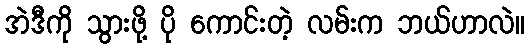
အဲဒီကို သွားဖို့ ပို ကောင်းတဲ့ လမ်းက ဘယ်ဟာလဲ။